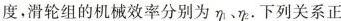
度，滑轮组的机械效率分别为η_{1}η_{2}。下列关系正